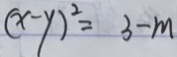
( x - y ) ^ { 2 } = 3 - m